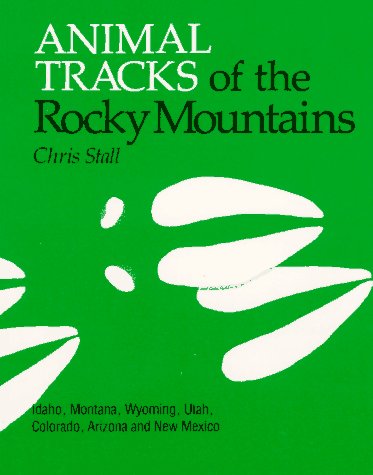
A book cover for Animal Tracks of the Rocky Mountains; Chris Stall; Sports & Outdoors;